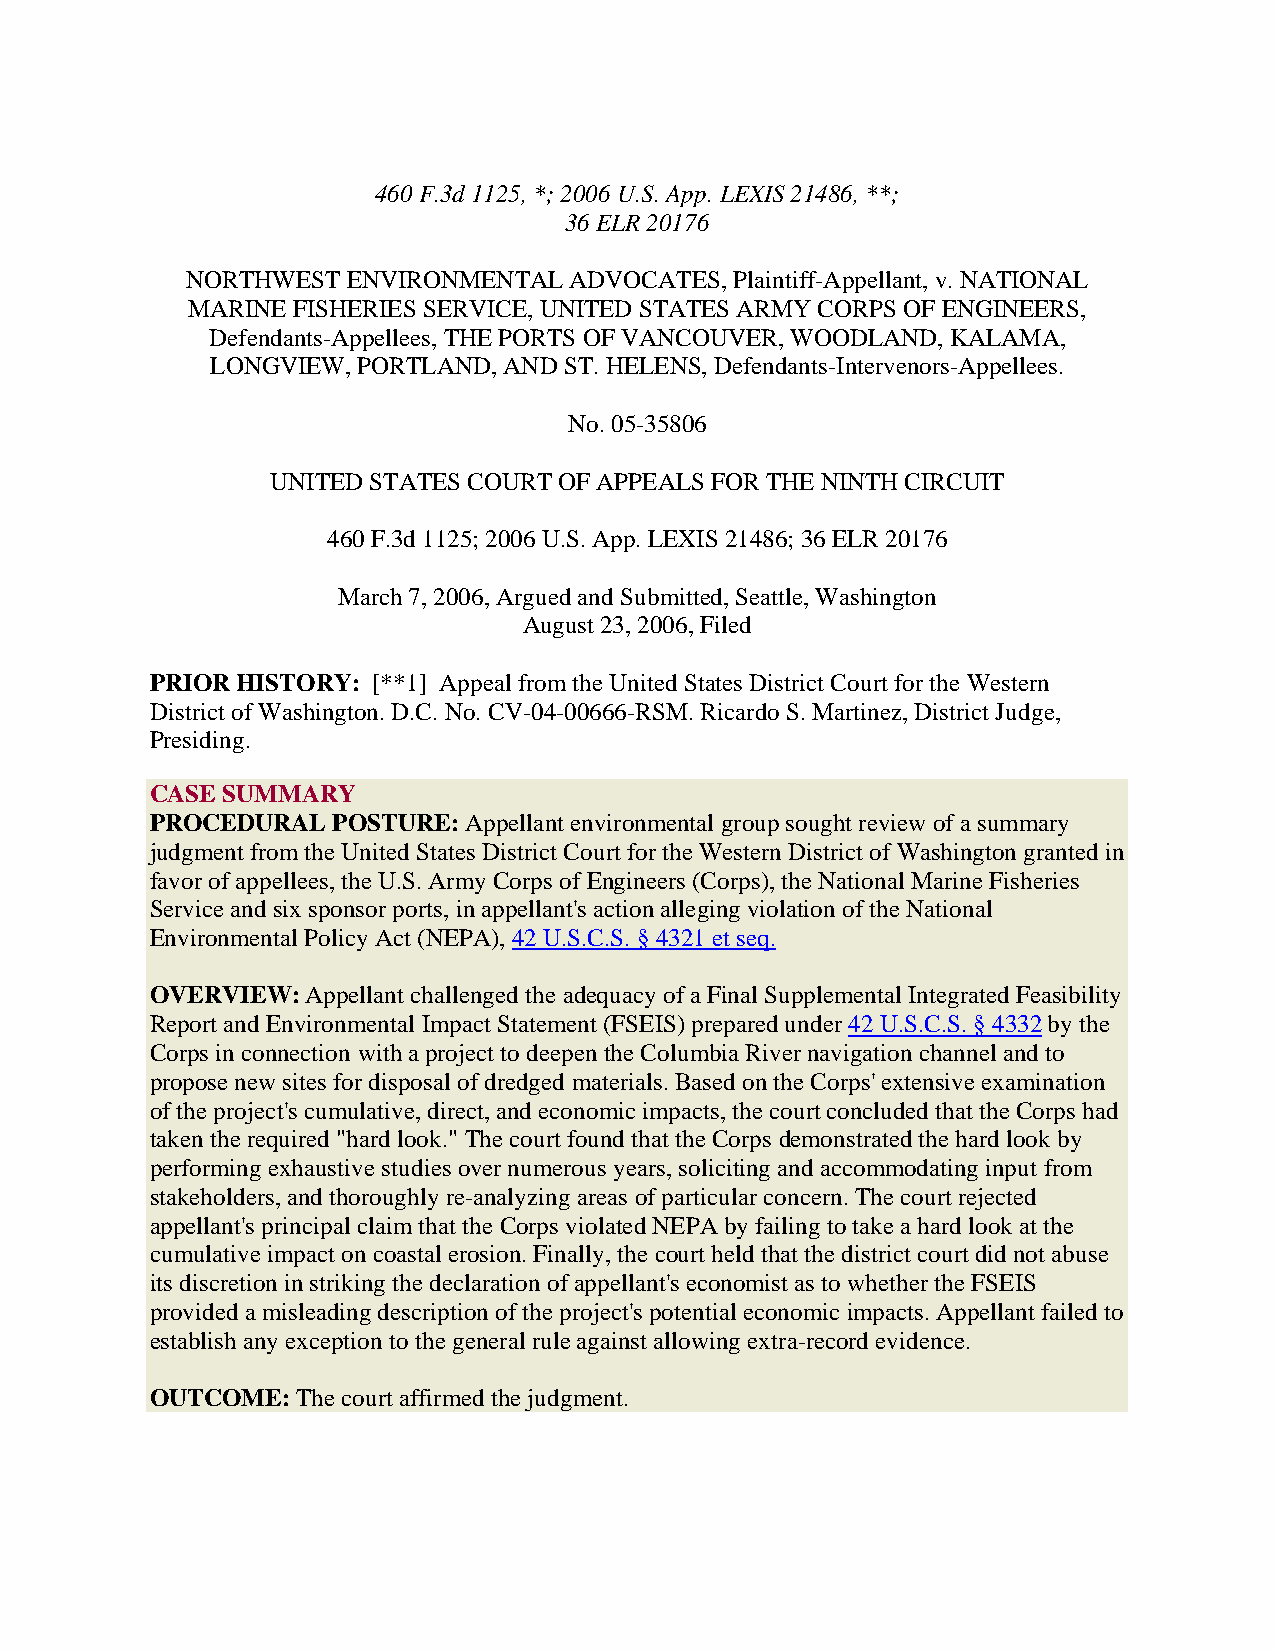
460 F.3d 1125, *; 2006 U.S. App. LEXIS 21486, **;
 36 ELR 20176
 NORTHWEST  ENVIRONMENTAL  ADVOCATES, Plaintiff-Appellant, v. NATIONAL
 MARINE FISHERIES SERVICE, UNITED STATES ARMY CORPS OF ENGINEERS,
 Defendants-Appellees, THE PORTS OF VANCOUVER, WOODLAND, KALAMA,
 LONGVIEW, PORTLAND, AND ST. HELENS, Defendants-Intervenors-Appellees.
 No. 05-35806
 UNITED STATES COURT OF APPEALS FOR THE NINTH CIRCUIT
 460 F.3d 1125; 2006 U.S. App. LEXIS 21486; 36 ELR 20176
 March 7, 2006, Argued and Submitted, Seattle, Washington
 August 23, 2006, Filed
 PRIOR HISTORY: [**1] Appeal from the United States District Court for the Western
 District of Washington. D.C. No. CV-04-00666-RSM. Ricardo S. Martinez, District Judge,
 Presiding.
 CASE SUMMARY
 PROCEDURAL  POSTURE: Appellant environmental group sought review of a summary
 judgment from the United States District Court for the Western District of Washington granted in
 favor of appellees, the U.S. Army Corps of Engineers (Corps), the National Marine Fisheries
 Service and six sponsor ports, in appellant's action alleging violation of the National
 Environmental Policy Act (NEPA), 42 U.S.C.S. § 4321 et seq.
 OVERVIEW: Appellant challenged the adequacy of a Final Supplemental Integrated Feasibility
 Report and Environmental Impact Statement (FSEIS) prepared under 42 U.S.C.S. § 4332 by the
 Corps in connection with a project to deepen the Columbia River navigation channel and to
 propose new sites for disposal of dredged materials. Based on the Corps' extensive examination
 of the project's cumulative, direct, and economic impacts, the court concluded that the Corps had
 taken the required "hard look." The court found that the Corps demonstrated the hard look by
 performing exhaustive studies over numerous years, soliciting and accommodating input from
 stakeholders, and thoroughly re-analyzing areas of particular concern. The court rejected
 appellant's principal claim that the Corps violated NEPA by failing to take a hard look at the
 cumulative impact on coastal erosion. Finally, the court held that the district court did not abuse
 its discretion in striking the declaration of appellant's economist as to whether the FSEIS
 provided a misleading description of the project's potential economic impacts. Appellant failed to
 establish any exception to the general rule against allowing extra-record evidence.
 OUTCOME:  The court affirmed the judgment.